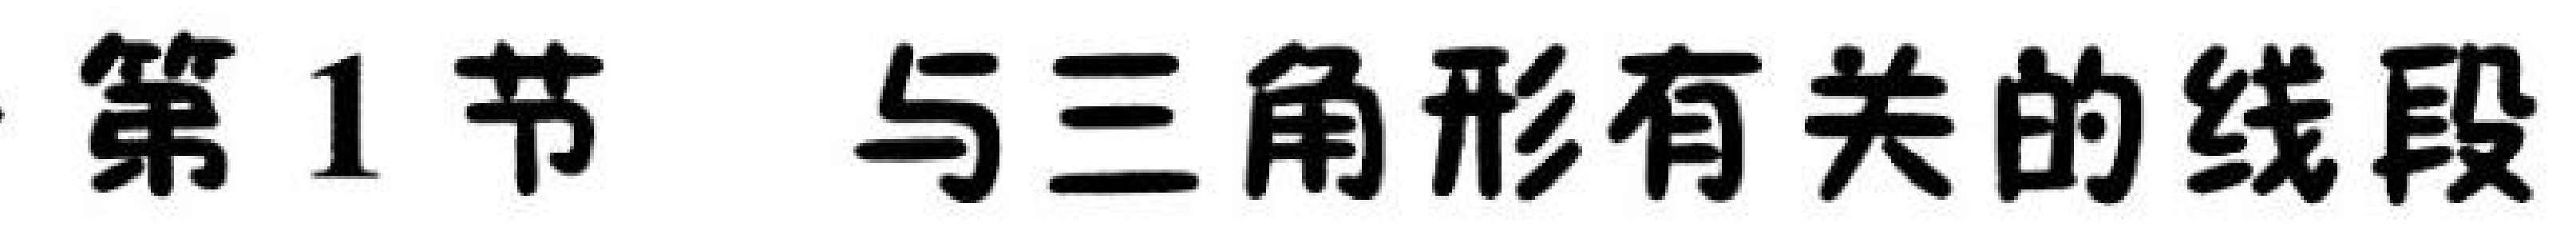
第1节 与三角形有关的线段